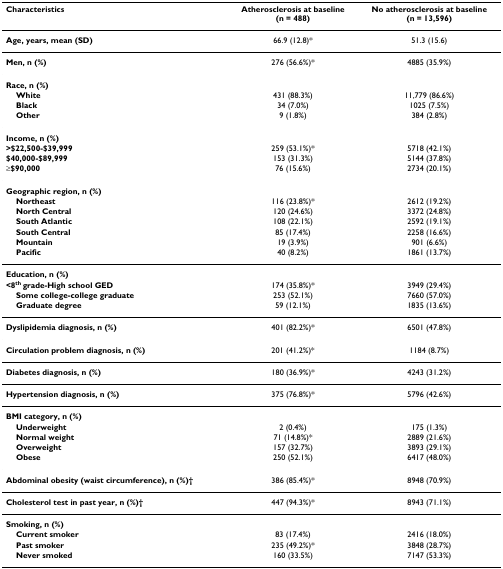
<table><thead><tr><td><b>Characteristics</b></td><td><b>Atherosclerosis at baseline(n = 488)</b></td><td><b>No atherosclerosis at baseline(n = 13,596)</b></td></tr></thead><tbody><tr><td><b>Age, years, mean (SD)</b></td><td>66.9 (12.8)*</td><td>51.3 (15.6)</td></tr><tr><td><b>Men, n (%)</b></td><td>276 (56.6%)*</td><td>4885 (35.9%)</td></tr><tr><td><b>Race, n (%)</b></td><td></td><td></td></tr><tr><td> <b>White</b></td><td>431 (88.3%)</td><td>11,779 (86.6%)</td></tr><tr><td> <b>Black</b></td><td>34 (7.0%)</td><td>1025 (7.5%)</td></tr><tr><td> <b>Other</b></td><td>9 (1.8%)</td><td>384 (2.8%)</td></tr><tr><td><b>Income, n (%)</b></td><td></td><td></td></tr><tr><td><b>&gt;$22,500-$39,999</b></td><td>259 (53.1%)*</td><td>5718 (42.1%)</td></tr><tr><td><b>$40,000-$89,999</b></td><td>153 (31.3%)</td><td>5144 (37.8%)</td></tr><tr><td><b>≥$90,000</b></td><td>76 (15.6%)</td><td>2734 (20.1%)</td></tr><tr><td><b>Geographic region, n (%)</b></td><td></td><td></td></tr><tr><td> <b>Northeast</b></td><td>116 (23.8%)*</td><td>2612 (19.2%)</td></tr><tr><td> <b>North Central</b></td><td>120 (24.6%)</td><td>3372 (24.8%)</td></tr><tr><td> <b>South Atlantic</b></td><td>108 (22.1%)</td><td>2592 (19.1%)</td></tr><tr><td> <b>South Central</b></td><td>85 (17.4%)</td><td>2258 (16.6%)</td></tr><tr><td> <b>Mountain</b></td><td>19 (3.9%)</td><td>901 (6.6%)</td></tr><tr><td> <b>Pacific</b></td><td>40 (8.2%)</td><td>1861 (13.7%)</td></tr><tr><td><b>Education, n (%)</b></td><td></td><td></td></tr><tr><td> <b>&lt;8<sup>th </sup>grade-High school GED</b></td><td>174 (35.8%)*</td><td>3949 (29.4%)</td></tr><tr><td> <b>Some college-college graduate</b></td><td>253 (52.1%)</td><td>7660 (57.0%)</td></tr><tr><td> <b>Graduate degree</b></td><td>59 (12.1%)</td><td>1835 (13.6%)</td></tr><tr><td><b>Dyslipidemia diagnosis, n (%)</b></td><td>401 (82.2%)*</td><td>6501 (47.8%)</td></tr><tr><td><b>Circulation problem diagnosis, n (%)</b></td><td>201 (41.2%)*</td><td>1184 (8.7%)</td></tr><tr><td><b>Diabetes diagnosis, n (%)</b></td><td>180 (36.9%)*</td><td>4243 (31.2%)</td></tr><tr><td><b>Hypertension diagnosis, n (%)</b></td><td>375 (76.8%)*</td><td>5796 (42.6%)</td></tr><tr><td><b>BMI category, n (%)</b></td><td></td><td></td></tr><tr><td> <b>Underweight</b></td><td>2 (0.4%)</td><td>175 (1.3%)</td></tr><tr><td> <b>Normal weight</b></td><td>71 (14.8%)*</td><td>2889 (21.6%)</td></tr><tr><td> <b>Overweight</b></td><td>157 (32.7%)</td><td>3893 (29.1%)</td></tr><tr><td> <b>Obese</b></td><td>250 (52.1%)</td><td>6417 (48.0%)</td></tr><tr><td><b>Abdominal obesity (waist circumference), n (%)†</b></td><td>386 (85.4%)*</td><td>8948 (70.9%)</td></tr><tr><td><b>Cholesterol test in past year, n (%)†</b></td><td>447 (94.3%)*</td><td>8943 (71.1%)</td></tr><tr><td><b>Smoking, n (%)</b></td><td></td><td></td></tr><tr><td> <b>Current smoker</b></td><td>83 (17.4%)</td><td>2416 (18.0%)</td></tr><tr><td> <b>Past smoker</b></td><td>235 (49.2%)*</td><td>3848 (28.7%)</td></tr><tr><td> <b>Never smoked</b></td><td>160 (33.5%)</td><td>7147 (53.3%)</td></tr></tbody></table>